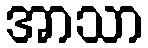
အာသာ